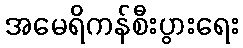
အမေရိကန်စီးပွားရေး